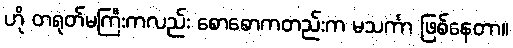
ဟို တရုတ်မကြီးကလည်း စောစောကတည်းက မသင်္ကာ ဖြစ်နေတာ။